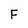
Character: F